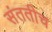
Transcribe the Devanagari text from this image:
संततीच